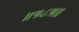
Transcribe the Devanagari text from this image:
॥५८५॥